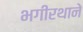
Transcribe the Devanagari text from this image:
भगीरथाने